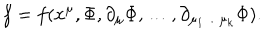
f = f ( x ^ { \mu } , \Phi , \partial _ { \mu } \Phi , \ldots , \partial _ { { \mu _ { 1 } } \ldots { \mu _ { k } } } \Phi ) .